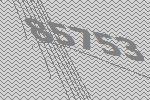
85753